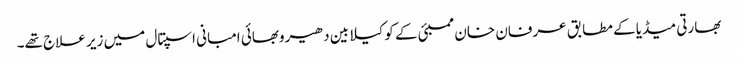
بھارتی میڈیا کے مطابق عرفان خان ممبئی کے کوکیلابین دھیروبھائی امبانی اسپتال میں زیر علاج تھے۔